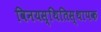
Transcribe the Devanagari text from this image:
विनयस्थितिस्थापक